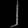
Digit: ၂